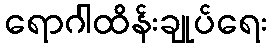
ရောဂါထိန်းချုပ်ရေး